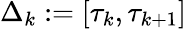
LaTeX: \Delta_{k}:=[\tau_{k},\tau_{k+1}]